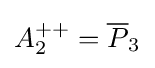
A_{2}^{++}={\overline {P}}_{3}